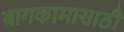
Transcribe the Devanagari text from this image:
बागकामासाठी